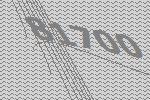
81700